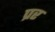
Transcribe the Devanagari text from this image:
प्रर